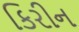
કિરીન